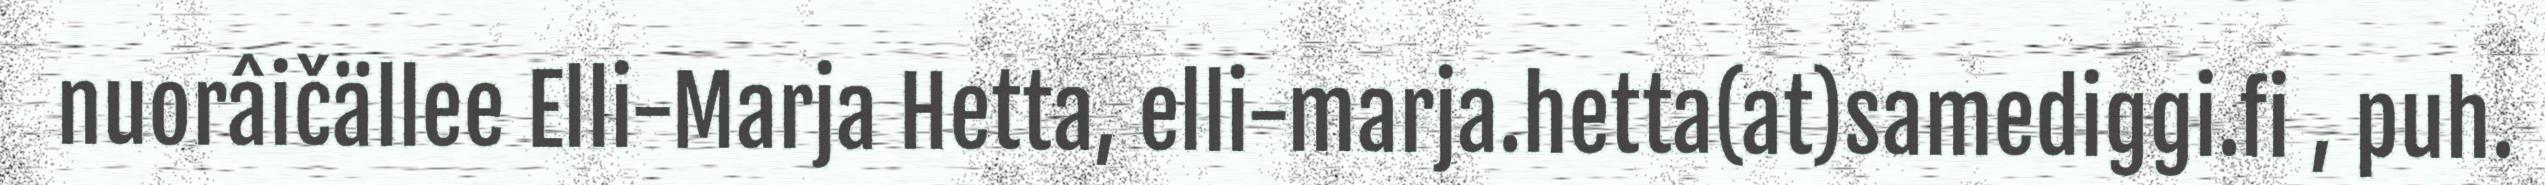
nuorâičällee Elli-Marja Hetta, elli-marja.hetta(at)samediggi.fi , puh.